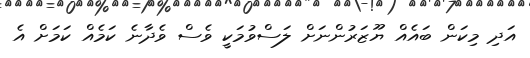
އަދި މިކަން ބައެއް ޔޫޒަރުންނަށް ލަސްވުމަކީ ވެސް ވެދާނެ ކަމެއް ކަމަށް އެ